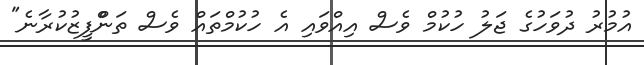
އުމުރު ދުވަހުގެ ޖަލު ހުކުމް ވެސް އިއްވައި އެ ހުކުމްތައް ވެސް ތަންްފީޒުކުރާނެ"